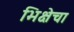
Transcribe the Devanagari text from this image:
भिक्षेचा